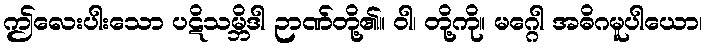
ဤလေးပါးသော ပဋိသမ္ဘိဒါ ဉာဏ်တို့၏။ ဝါ၊ တို့ကို။ မဂ္ဂေါ အဓိဂမူပါယော၊